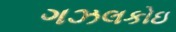
ગઝલકોઇ